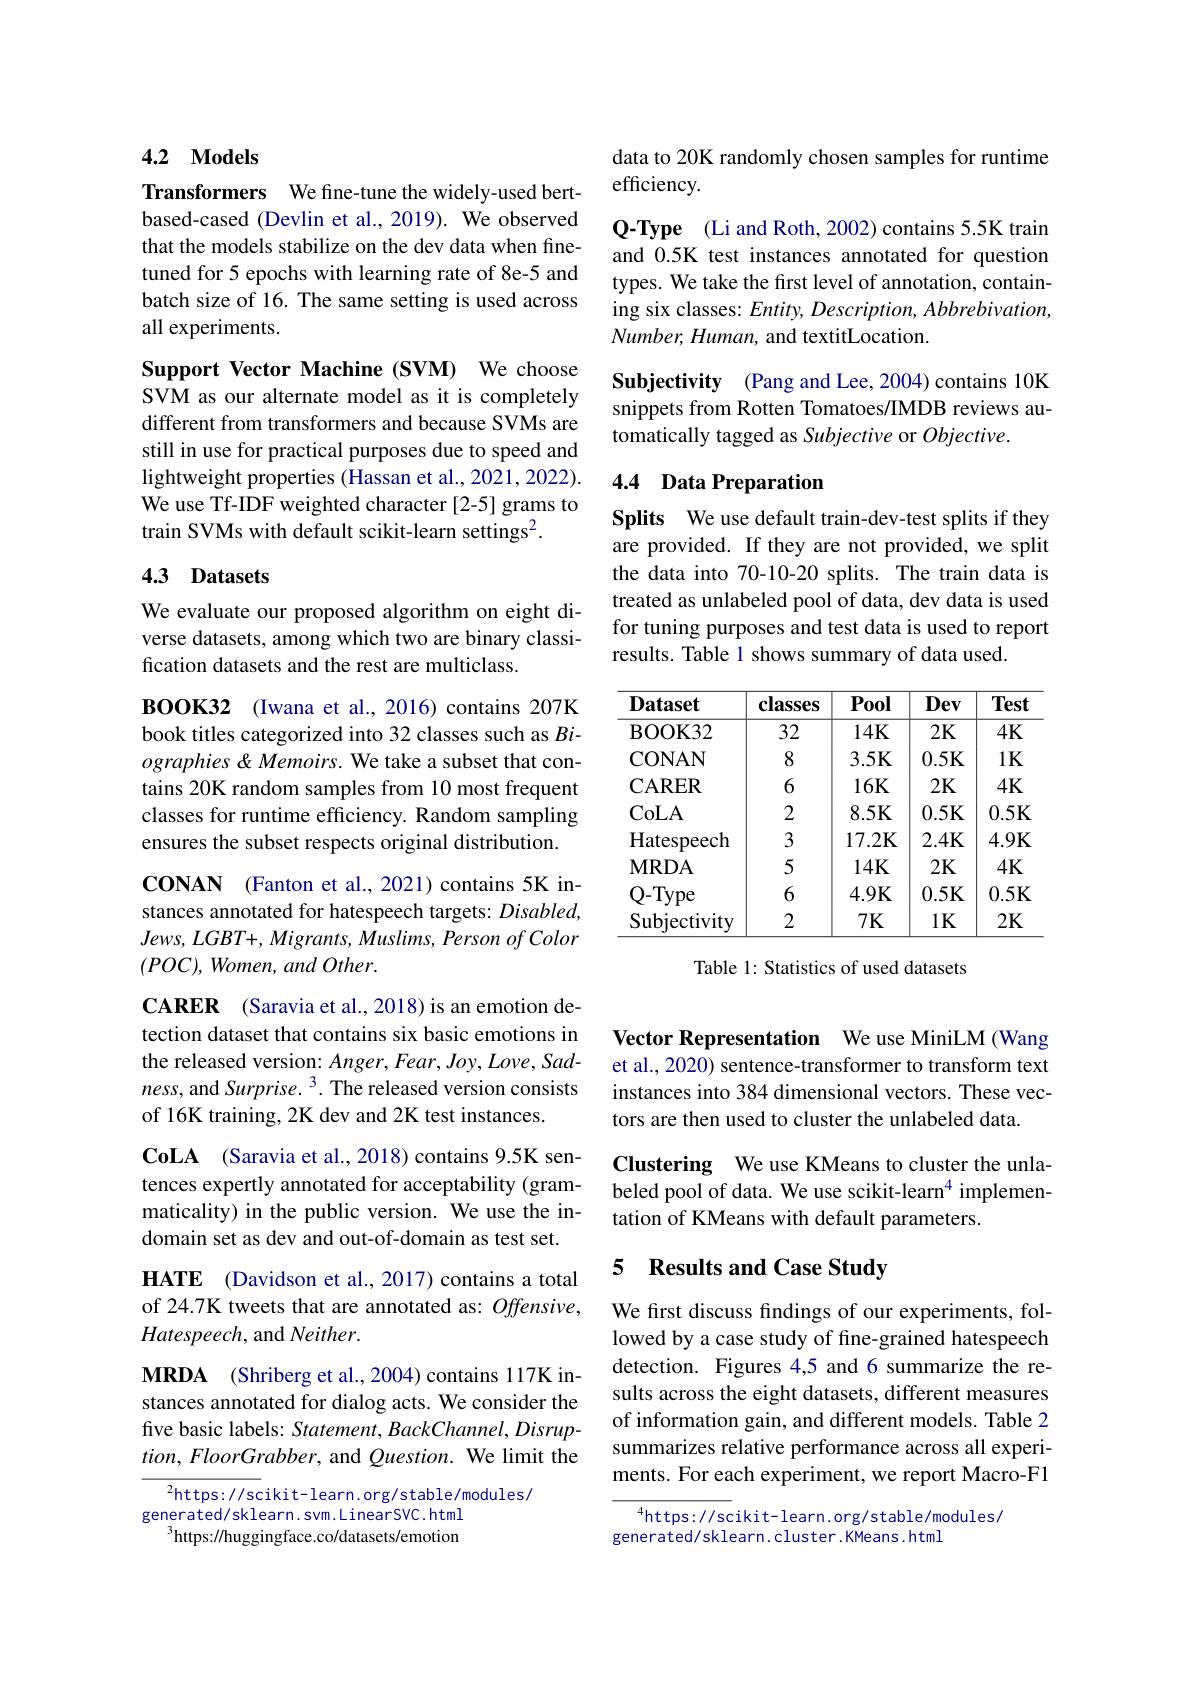
### 4.2 $\mathbf{Models}$

Transformers We fine-tune the widely-used bertbased-cased (Devlin et al., 2019). We observed that the models stabilize on the dev data when finetuned for 5 epochs with learning rate of 8e-5 and batch size of 16. The same setting is used across all experiments.

Support Vector Machine (SVM) We choose SVM as our alternate model as it is completely different from transformers and because SVMs are still in use for practical purposes due to speed and lightweight properties (Hassan et al., 2021, 2022). We use Tf-IDF weighted character [2-5] grams to train SVMs with default scikit-learn settings$^2.$

## 4.3 Datasets

We evaluate our proposed algorithm on eight diverse datasets, among which two are binary classification datasets and the rest are multiclass.

BOOK32 (Iwana et al., 2016) contains 207K book titles categorized into 32 classes such as $Bi$- ographies &Memoirs. We take a subset that contains 20K random samples from 10 most frequent classes for runtime efficiency. Random sampling ensures the subset respects original distribution.

CONAN (Fanton et al., 2021) contains 5K instances annotated for hatespeech targets: Disabled, $Jews$, $LGBT+ $, $Migrants$, $Muslims$, Person $of$ Color $(POC)$, Women, and Other.

$\mathbf{CARER}$ (Saravia et al., 2018) is an emotion detection dataset that contains six basic emotions in the released version: Anger, Fear, Joy, Love, Sadness, and Surprise. $^3.$ The released version consists of 16K training, 2K dev and 2K test instances.

$\mathbf{CoLA}$ (Saravia et al., 2018) contains 9.5K sentences expertly annotated for acceptability (grammaticality) in the public version. We use the indomain set as dev and out-of-domain as test set.

HATE (Davidson et al., 2017) contains a total of 24.7K tweets that are annotated as: Offensive, Hatespeech, and Neither.
$\mathbf{MRDA}$ (Shriberg et al., 2004) contains 117K instances annotated for dialog acts. We consider the five basic labels: Statement, BackChannel, Disrup- $tion,FloorGrabber$, and $Question.$ We limit the

$^{2}$https: // scikit- learn. org/ s table/ modules/
generated/sklearn.svm.LinearSVC.html
$^{3}$https://huggingface.co/datasets/emotion

data to 20K randomly chosen samples for runtime
## efficiency.

Q-Type (Li and Roth, 2002) contains 5.5K train and 0.5K test instances annotated for question types. We take the first level of annotation, containing six classes: Entity, Description, Abbrebivation, Number, Human, and textitLocation.

Subjectivity (Pang and Lee, 2004) contains 10K snippets from Rotten Tomatoes/IMDB reviews automatically tagged as Subjective or Objective.

## 4.4 Data Preparation

Splits We use default train-dev-test splits if they are provided. If they are not provided, we split the data into 70-10-20 splits. The train data is treated as unlabeled pool of data, dev data is used for tuning purposes and test data is used to report results. Table 1 shows summary of data used.

<table>
	<tbody>
		<tr>
			<th>$\mathbf{Dataset}$</th>
			<th>classes</th>
			<th>Pool</th>
			<th>Dev</th>
			<th>Test</th>
		</tr>
		<tr>
			<td>BOOK32</td>
			<td>32</td>
			<td>$14K$</td>
			<td>2K</td>
			<td>$4K$</td>
		</tr>
		<tr>
			<td>CONAN</td>
			<td>8</td>
			<td>$3.5K$</td>
			<td>0.5K</td>
			<td>$1K$</td>
		</tr>
		<tr>
			<td>$\mathbf{CARER}$</td>
			<td>6</td>
			<td>$16K$</td>
			<td>2K</td>
			<td>$4K$</td>
		</tr>
		<tr>
			<td>CoLA</td>
			<td>2</td>
			<td>$8.5K$</td>
			<td>0.5K</td>
			<td>0.5K</td>
		</tr>
		<tr>
			<td>Hatespeech</td>
			<td>3</td>
			<td>$17.2\mathbf{K}$</td>
			<td>2.4K</td>
			<td>4.9K</td>
		</tr>
		<tr>
			<td>$\mathbf{MRDA}$</td>
			<td>5</td>
			<td>$14K$</td>
			<td>2K</td>
			<td>$4K$</td>
		</tr>
		<tr>
			<td>Q- Type</td>
			<td>6</td>
			<td>4.9K</td>
			<td>0.5K</td>
			<td>0.5K</td>
		</tr>
		<tr>
			<td>Subjectivity</td>
			<td>2</td>
			<td>$7K$</td>
			<td>$1K$</td>
			<td>$2K$</td>
		</tr>
	</tbody>
</table>

Table 1: Statistics of used datasets

Vector Representation We use MiniLM (Wang et al., 2020) sentence-transformer to transform text instances into 384 dimensional vectors. These vectors are then used to cluster the unlabeled data.

Clustering We use KMeans to cluster the unlabeled pool of data. We use scikit-learn$^{4}$ implementation of KMeans with default parameters.

## 5 Results and Case Study

We first discuss findings of our experiments, followed by a case study of fine-grained hatespeech detection. Figures 4,5 and 6 summarize the results across the eight datasets, different measures of information gain, and different models. Table 2 summarizes relative performance across all experiments. For each experiment, we report Macro-F1

$^{4}$https://scikit-learn.org/stable/modules/
generated/sklearn.cluster.KMeans.html